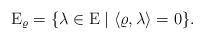
LaTeX: \begin{align*}\mathrm E_\varrho = \lbrace \lambda \in \mathrm E \mid \langle \varrho, \lambda \rangle = 0 \rbrace.\end{align*}